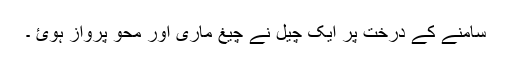
سامنے کے درخت پر ایک چیل نے چیغ ماری اور محو پرواز ہوئ ۔